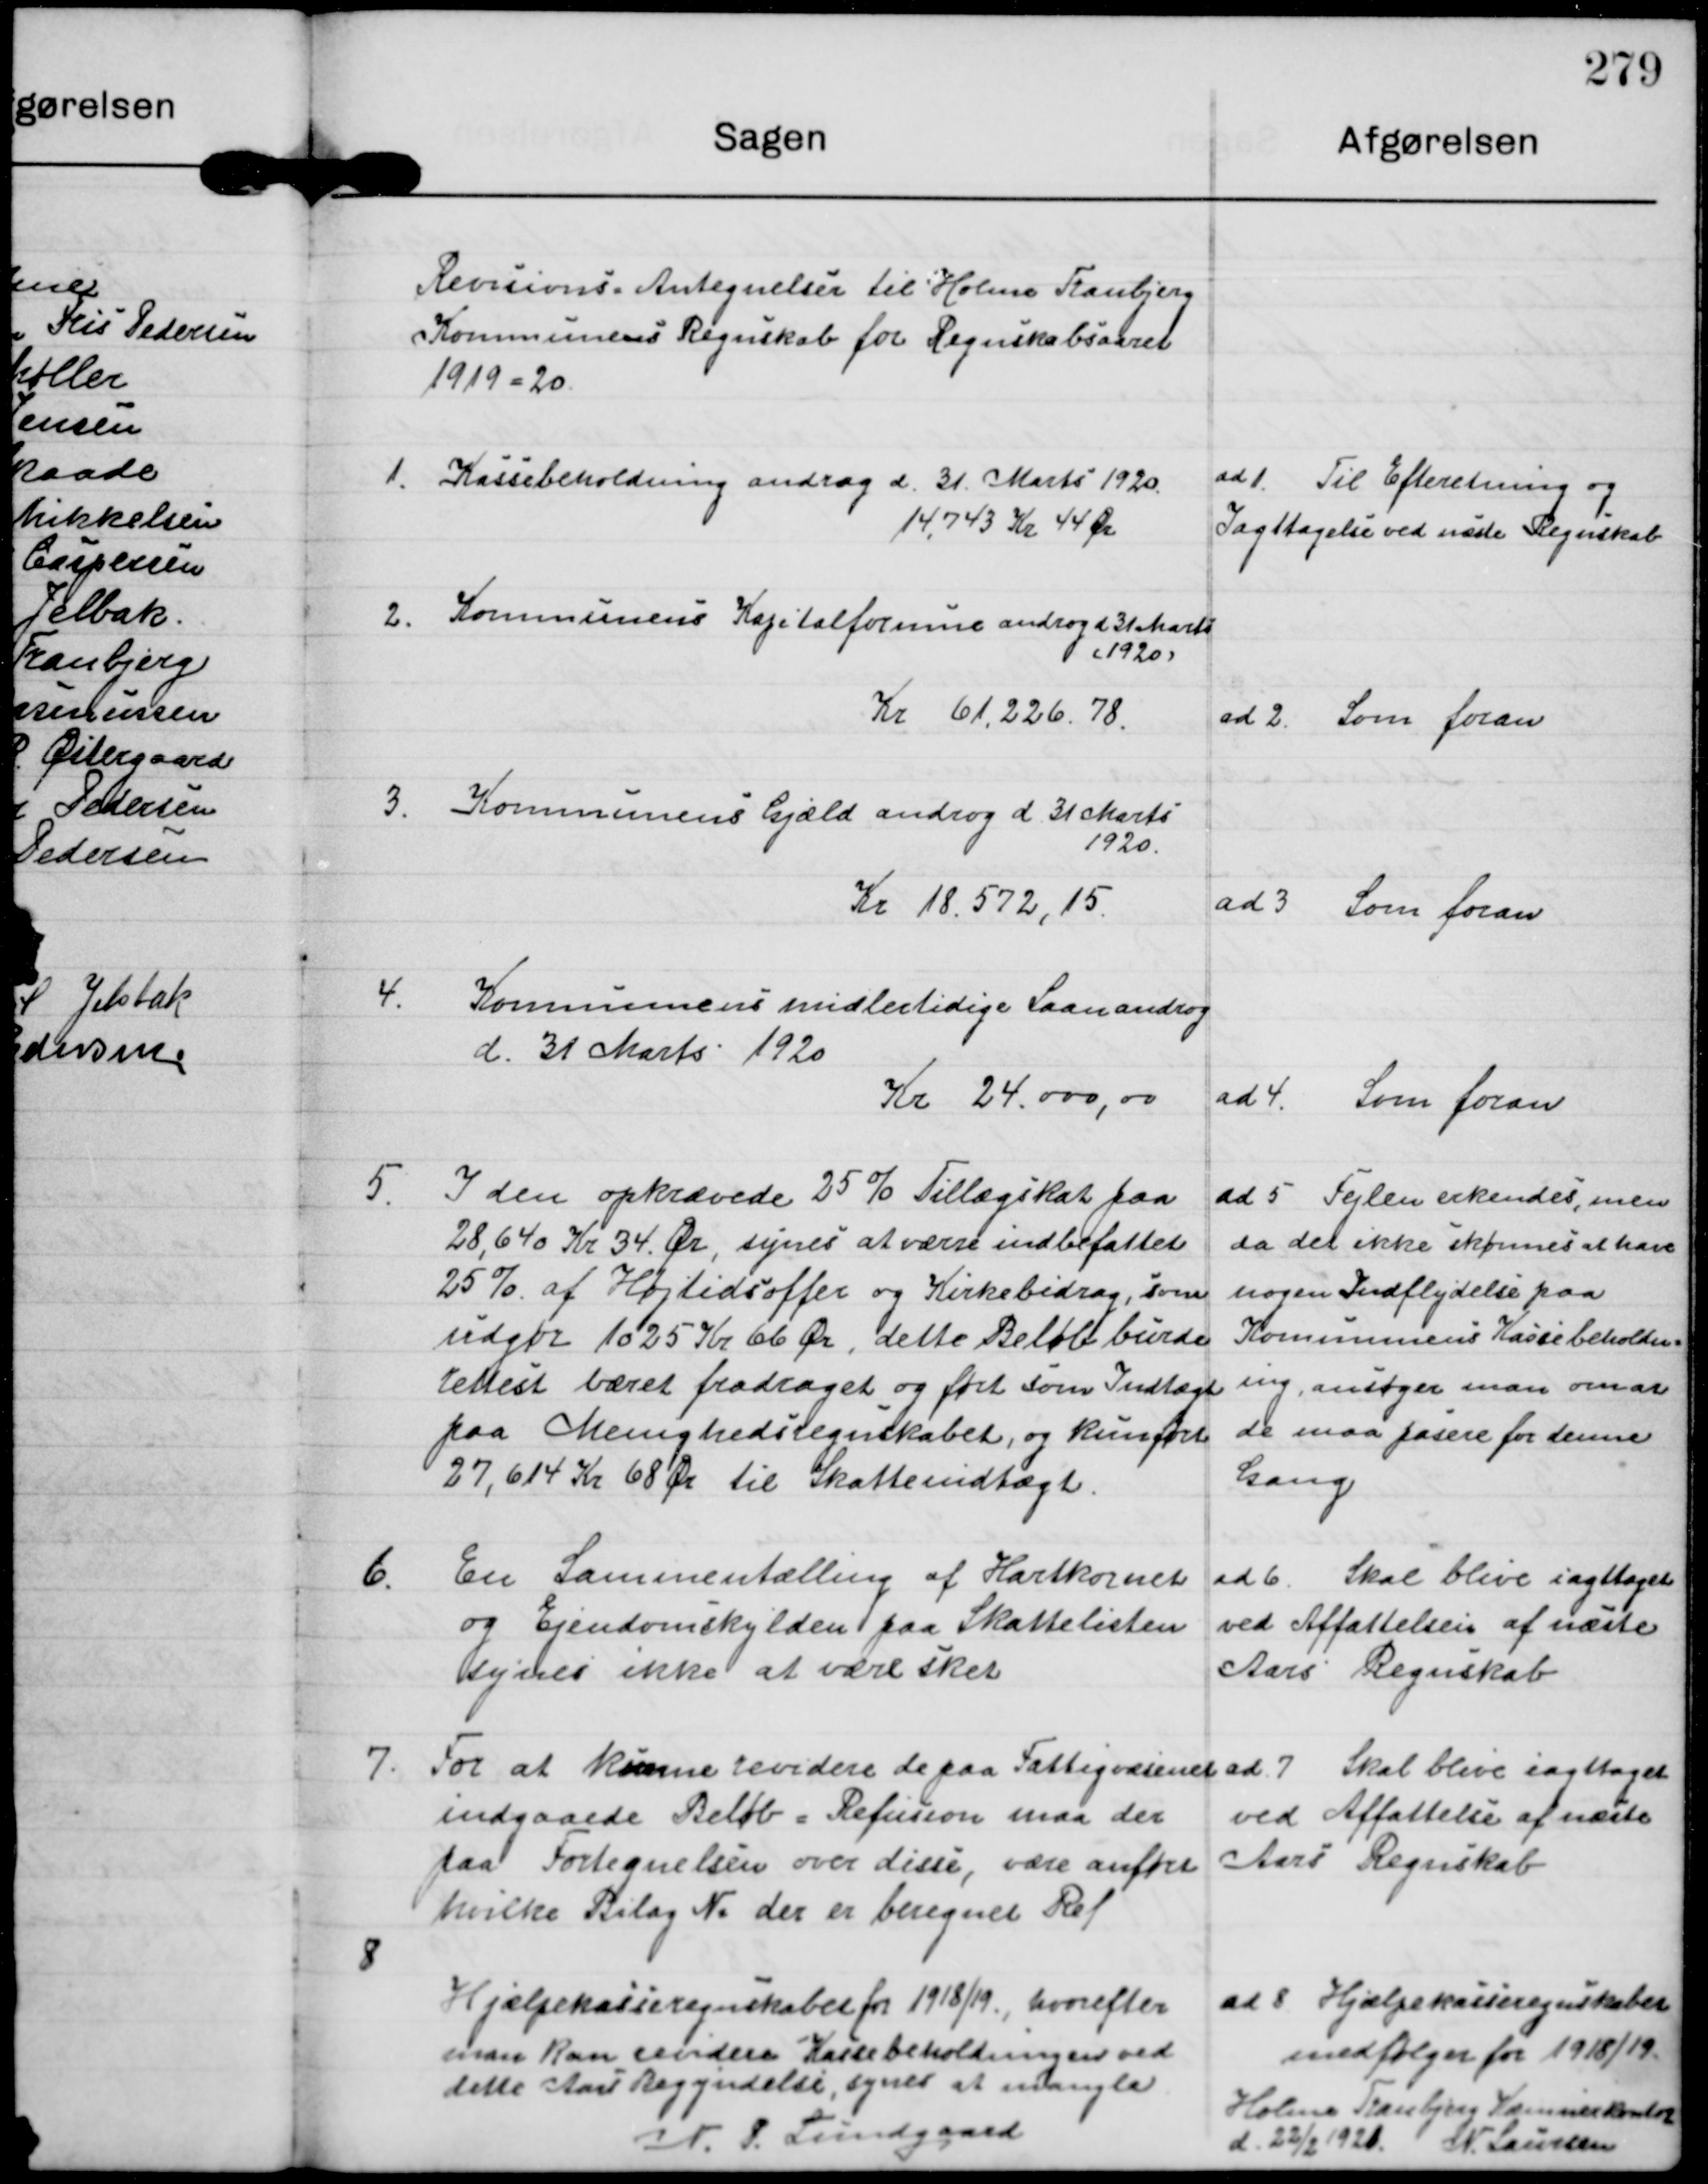
Transskription:
Revisions Antegnelser til Holme Tranbjerg
Kommunens Regnskab for Regnskabsaaret
1919-20.

1.

Kassebeholdning androg d 21 Marts 1920.
14.743 Kr 44 Øre.

ad 1 Til Efteretning og
Iagttagelse ved næste Regnskab

2.

Kommunens Kapitalformue androg d 31 Marts
1920.
Kr 61,226.78

ad 2 Som foran

3.

Kommunens Gjæld androg d 31 Marts
1920.
Kr 18.572,15.

ad 3 Som foran

4

Kommmens midlertidige Laan androg
d 31 Marts 1920
Kr 24.000,00

ad 4 Som foran

5.

I den opkrævede 25% Tillægskat paa
28.640 Kr 34. Ør synes at værre indbefattet
25% af Højtidsoffer og Kirkebidrag, som
udgør 1025Kr 66Ør, dette Beløb burde
rettest været fradraget og ført som Indtægt
paa Menighedsregnskabet, og kun ført
27,614Kr 68Ør til Skatteindtægt.

ad 5 Fejlen erkendes, men
da det ikke skønnes at have
nogen Indflydelse paa
Kommunens Kassebeholdn-
ing, ansøger man om at
de maa pasere for denne
Gang

6

En Sammentælling af Hartkornet
og Ejendomskylden paa Skattelisten
synes ikke at være sket

ad 6 Skal blive iagttaget
ved Affattelsen af næste
Aars Regnskab

7.

For at kunne revidere de paa Fattigvæsenet
indgaaede Beløb. Refusion maa der
paa Fortegnelsen over disse, være anføre
hvilke Bilag N. der er beregnet Ref

ad 7 Skal blive iagttaget
ved Affattelse af næste
Aars Regnskab

8

Hjælpekasseregnskabet for 1918/19 hvorefter
man kan revidere Kassebeholdningen ved
dette Aars Begyndelse synes at mangle
N. P. Lundgaard

a 8 Hjælpekasseregnskaber
medfølger for 1918/19.
Holme Tranbjerg Kommunekontor
d 22/2 1921. N Laursen